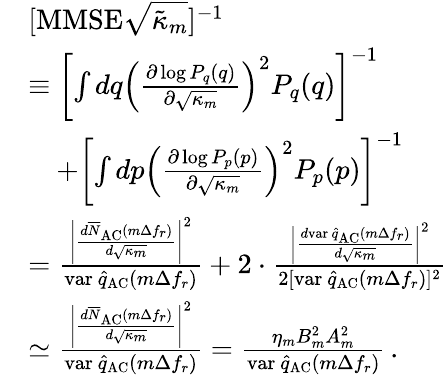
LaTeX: \begin{array}{rl}&{[\mathrm{MMSE}\sqrt{\tilde{\kappa}_{m}}]^{-1}}\\ &{\equiv\left[\int dq\left(\frac{\partial\log P_{q}(q)}{\partial\sqrt{\kappa_{m}}}\right)^{2}P_{q}(q)\right]^{-1}}\\ &{\quad+\left[\int dp\left(\frac{\partial\log P_{p}(p)}{\partial\sqrt{\kappa_{m}}}\right)^{2}P_{p}(p)\right]^{-1}}\\ &{=\frac{\left|\frac{d\overline{N}_{\mathrm{AC}}(m\Delta f_{r})}{d\sqrt{\kappa_{m}}}\right|^{2}}{\mathrm{var~}\hat{q}_{\mathrm{AC}}(m\Delta f_{r})}+2\cdot\frac{\left|\frac{d\mathrm{var~}\hat{q}_{\mathrm{AC}}(m\Delta f_{r})}{d\sqrt{\kappa_{m}}}\right|^{2}}{2[\mathrm{var~}\hat{q}_{\mathrm{AC}}(m\Delta f_{r})]^{2}}}\\ &{\simeq\frac{\left|\frac{d\overline{N}_{\mathrm{AC}}(m\Delta f_{r})}{d\sqrt{\kappa_{m}}}\right|^{2}}{\mathrm{var~}\hat{q}_{\mathrm{AC}}(m\Delta f_{r})}=\frac{\eta_{m}B_{m}^{2}A_{m}^{2}}{\mathrm{var~}\hat{q}_{\mathrm{AC}}(m\Delta f_{r})}\, .}\end{array}